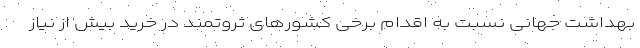
بهداشت جهانی نسبت به اقدام برخی کشورهای ثروتمند در خرید بیش از نیاز